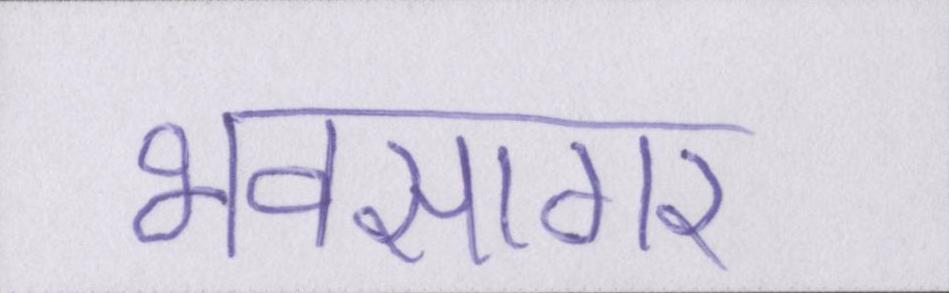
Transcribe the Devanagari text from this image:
भवसागर